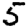
Digit: 5